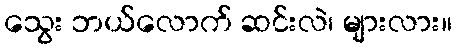
သွေး ဘယ်လောက် ဆင်းလဲ၊ များလား။